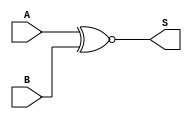
`timescale 1ns / 1ps
//////////////////////////////////////////////////////////////////////////////////
// Company: 
// Engineer: 
// 
// Design Name: 
// Module Name:    xnor64 
// Project Name: 
// Target Devices: 
// Tool versions: 
// Description: 
//
// Dependencies: 
//
// Revision: 
// Revision 0.01 - File Created
// Additional Comments: 
//
//////////////////////////////////////////////////////////////////////////////////
module xnor64(
    input [63:0] A,
    input [63:0] B,
    output [63:0] S
    );

	assign S = A ~^ B;

endmodule